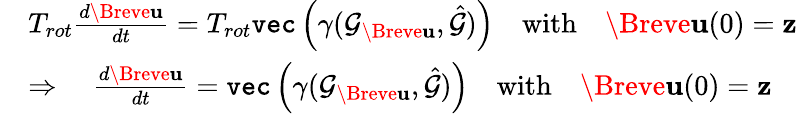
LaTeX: \begin{array}{rl}&{T_{rot}\frac{d\Breve{\mathbf{u}}}{dt}=T_{rot}\texttt{vec}\left(\gamma(\mathcal{G}_{\Breve{\mathbf{u}}},\hat{\mathcal{G}})\right)\quad\mathrm{with}\quad\Breve{\mathbf{u}}(0)=\mathbf{z}}\\ &{\Rightarrow\quad\frac{d\Breve{\mathbf{u}}}{dt}=\texttt{vec}\left(\gamma(\mathcal{G}_{\Breve{\mathbf{u}}},\hat{\mathcal{G}})\right)\quad\mathrm{with}\quad\Breve{\mathbf{u}}(0)=\mathbf{z}}\end{array}